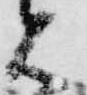
見